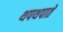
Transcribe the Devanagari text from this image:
थपथपाते